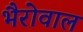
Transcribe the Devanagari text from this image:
भैरोवाल